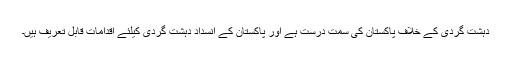
دہشت گردی کے خلاف پاکستان کی سمت درست ہے اور پاکستان کے انسداد دہشت گردی کیلئے اقدامات قابل تعریف ہیں۔